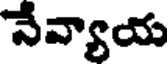
నేవ్యాయ